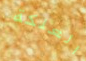
العلكة